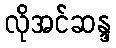
လိုအင်ဆန္ဒ